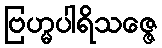
ဗြဟ္မပါရိသဇ္ဇေ